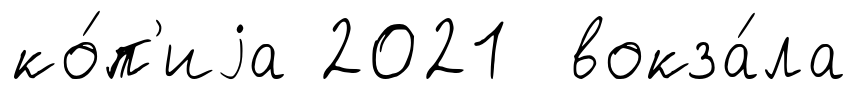
ко́п'иjа 2021 вокза́ла